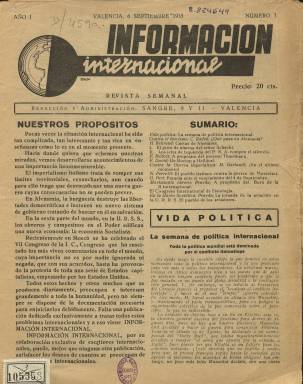
Título: Información internacional
Colección: Relaciones internacionales
Ámbito geográfico: Valencia
Lugar de publicación: Valencia
Fechas: 06/09/1935-31/12/1935

Revista semanal es el subtítulo de esta publicación, cuyo primer número aparece el seis de septiembre de 1935, con redacción y administración en la calle Sangre, números 9 y 11, de Valencia, y estampada en Impresos Cosmos, de la citada ciudad. Bajo su cabecera se indica: Printed in Spain. Según Comín Colomer (1967), de cuyo fondo procede la colección (incompleta) de este título en la Biblioteca Nacional de España (BNE), “era la versión de la revista de la Komitern, que se hacía en veintiún idiomas”, es decir, del título castellano La Correspondencia internacional (Madrid: 1929), revista también semanal, que era órgano oficial de prensa de la citada III Internacional (comunista), y que en ese momento debía estar suspendida su publicación.

Según se relata en Nuestros propósitos –su artículo de presentación-, sus redactores eran “escritores internacionales” que colaboraban en “exclusiva” para la revista, en cuyo momento de aparición “pocas veces” la situación internacional había estado “tan complicada”, cuando el “imperialismo italiano” trataba de “romper sus límites territoriales, ensancharlos, aun cuando para ello tenga que desencadenar una nueva guerra cuyas consecuencias no se pueden prever”; en Alemania, su “burguesía destruye las libertades democráticas”, y en la URSS, los “obreros y campesinos en el Poder edifican una nueva economía: la economía Socialista”.

Según el mismo artículo, la revista se publica para dedicarse en exclusiva a tratar estos “problemas internacionales”, con la “documentación necesaria para enjuiciarlos debidamente”. Sus entregas, generalmente en torno a una veintena de páginas, están compuestas a dos columnas, sin ninguna ilustración (a excepción del mapamundi de su cabecera), y con paginación continua. Cada una contiene un sumario y comienza, generalmente, con un artículo bajo el epígrafe La semana de política internacional.

Algunas de sus entregas (que denomina “especiales”) están dedicadas íntegramente al VII Congreso Mundial de la Internacional Comunista, celebrado en el verano de 1935, en Moscú, en el que la dirigente española Dolores Ibárruri (Pasionaria) pronunciará un discurso de apertura. Sobre el mismo, el semanario dará cuenta de los discursos y saludos, informes, comunicados, discusiones, sesiones, y de los correspondientes oradores y elección del Presidium. (Algunos de los apellidos de dirigentes comunistas españoles que aparecen citados en los ejemplares de la colección han sido subrayados a mano).

Entre las firmas de los artículos publicados en la revista aparecen las de Erich Belfort, Paul Rax, José Lain, C. Radek, H. Bhrend, F. David, M. Galardi, N. Ferretti, G. Péri, J. Berlioz, H. Pollitt, F. Scbilling, L.F. Boross, G. Firedrich, I. Komos, Terdada, Nikola, Adami o Ander, entre otros.

Sus textos de actualidad internacional se referirán a las cuestiones de política del momento: la “guerra imperialista” iniciada por Mussolini, al hitlerismo y al fascismo, a la ofensiva “monárquicofascista” griega, al nacionalismo y el colonialismo, al movimiento obrero y del campesinado en Europa, o al aniversario de la Revolución de Octubre, entre otros varios asuntos y, especialmente, al “frente único contra el fascismo”. También recoge textos publicados en el periódico soviético Pravda y sobre actualidad política en la URSS.

La última entrega de este título en la BNE es la número 26, de 31 de diciembre de 1935, que alcanza la página 476. Siguió publicándose, hasta el 27 de marzo de 1936. Este título desaparece al reaparecer, el tres de abril de este año, La Correspondencia internacional, cuyas oficinas se encontraban en el número 80 de la calle de Mendizábal, en Madrid (Comín Colomer: 1967).